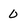
Character: 0